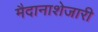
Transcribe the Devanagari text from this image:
मैदानाशेजारी